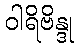
ဝါရိဗိန္ဒု